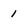
Character: 1